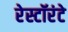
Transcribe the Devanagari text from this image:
रेस्टॉरंटे